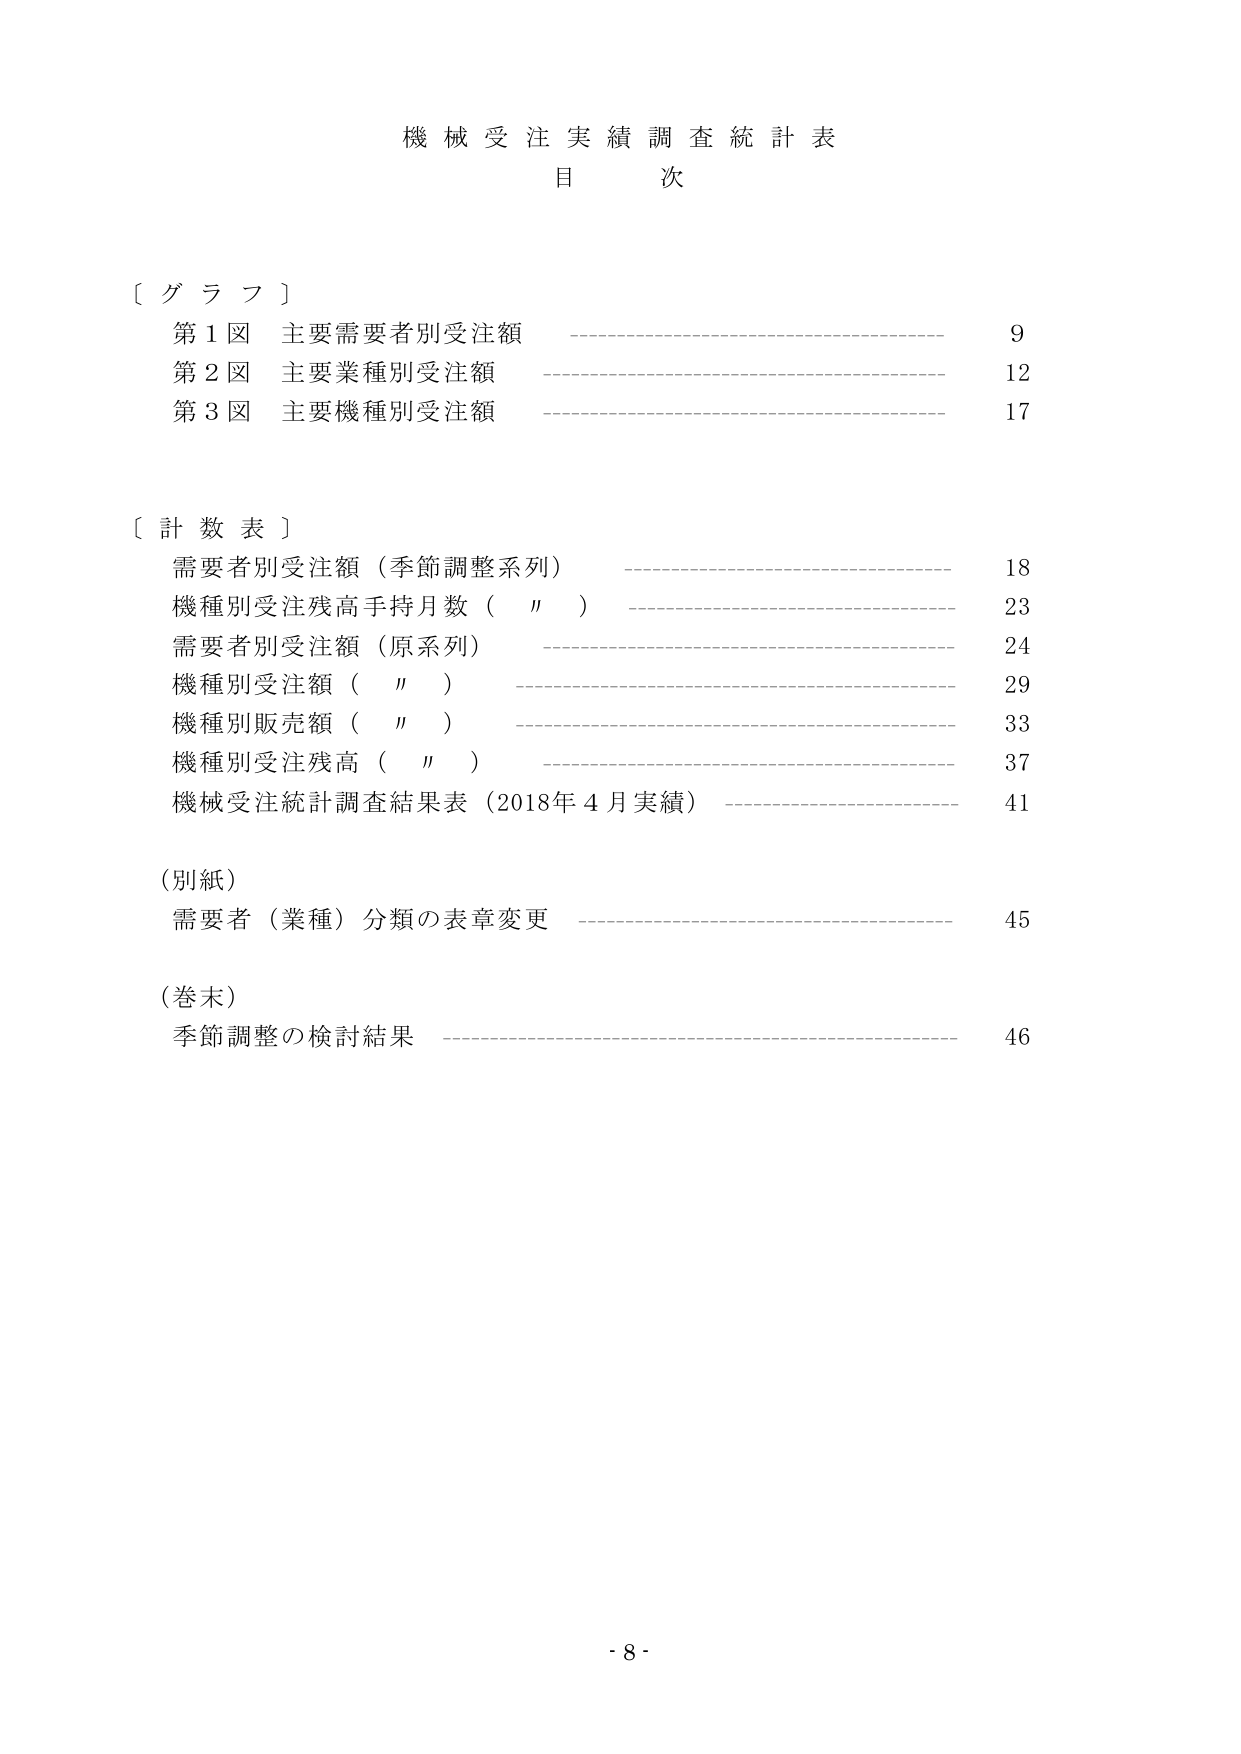
機械受注実績調査統計表
目 次

〔 グ ラ フ 〕
第1図 主要需要者別受注額 ———————————————————— 9
第2図 主要業種別受注額 ———————————————————— 12
第3図 主要機種別受注額 ———————————————————— 17

〔 計 数 表 〕
需要者別受注額（季節調整系列） ———————————————————— 18
機種別受注残高手持月数（　〃　） ———————————————————— 23
需要者別受注額（原系列） ———————————————————— 24
機種別受注額（　〃　） ———————————————————— 29
機種別販売額（　〃　） ———————————————————— 33
機種別受注残高（　〃　） ———————————————————— 37
機械受注統計調査結果表（2018年4月実績） ———————————————————— 41

（別紙）
需要者（業種）分類の表章変更 ———————————————————— 45

（巻末）
季節調整の検討結果 ———————————————————— 46

- 8 -